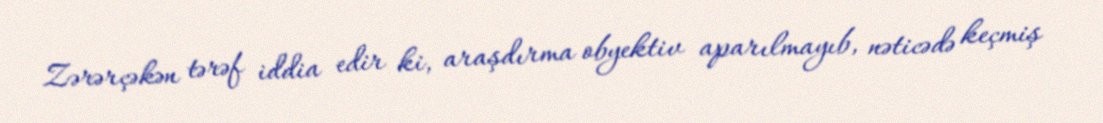
Zərərçəkən tərəf iddia edir ki, araşdırma obyektiv aparılmayıb, nəticədə keçmiş